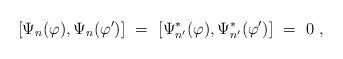
LaTeX: \begin{align*}[\Psi_n(\varphi ),\Psi_n(\varphi' )]\ =\ [\Psi^*_{n'}(\varphi ),\Psi^*_{n'} (\varphi' )]\ =\ 0\ ,\end{align*}